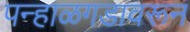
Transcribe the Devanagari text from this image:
पन्हाळगडावरून